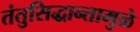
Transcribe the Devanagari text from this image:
तंतुसिद्धान्तामुळे